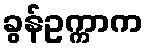
ခွန်ဥက္ကာက